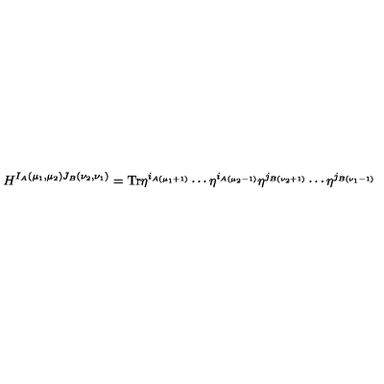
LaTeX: H ^ { I _ { A } ( \mu _ { 1 } , \mu _ { 2 } ) J _ { B } ( \nu _ { 2 } , \nu _ { 1 } ) } = \mathrm { T r } \eta ^ { i _ { A ( \mu _ { 1 } + 1 ) } } \cdots \eta ^ { i _ { A ( \mu _ { 2 } - 1 ) } } \eta ^ { j _ { B ( \nu _ { 2 } + 1 ) } } \cdots \eta ^ { j _ { B ( \nu _ { 1 } - 1 ) } }